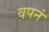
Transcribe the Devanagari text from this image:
वपनं